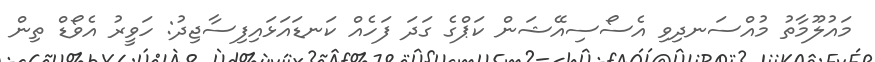
މައުލޫމާތު މުއްސަނދިވި އެސޯސިއޭޝަން ކަޕްގެ ގަދަ ފަހެއް ކަނޑައަޅައިފިސާޖިދު: ހަވީރު އެވޯޑް ތިން